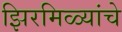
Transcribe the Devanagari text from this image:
झिरमिळ्यांचे